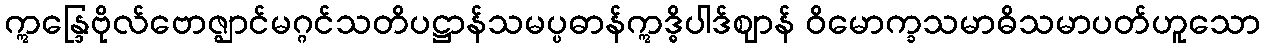
ဣန္ဒြေဗိုလ်ဗောဇ္ဈာင်မဂ္ဂင်သတိပဋ္ဌာန်သမပ္ပဓာန်ဣဒ္ဓိပါဒ်ဈာန် ဝိမောက္ခသမာဓိသမာပတ်ဟူသော